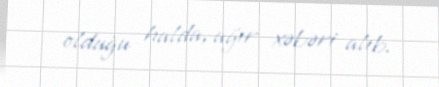
olduğu halda, ağır xəbəri alıb.